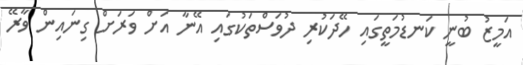
އަމީޒު ބުނީ ކަނޑުމަތީގައި ހޭދަކުރި ދުވަސްތަކުގައި އޭނާ އަށް ވަރަށް ގިނައިން ވާރޭ